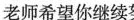
老师希望你继续